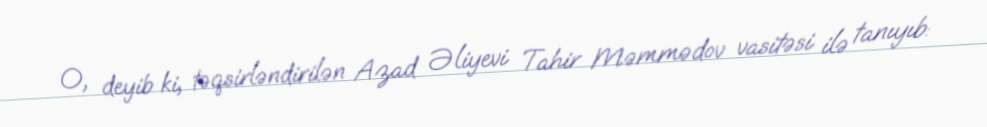
O, deyib ki, təqsirləndirilən Azad Əliyevi Tahir Məmmədov vasitəsi ilə tanıyıb: